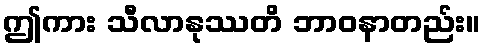
ဤကား သီလာနုဿတိ ဘာဝနာတည်း။